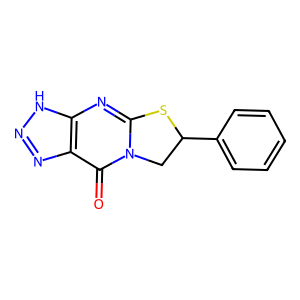
SMILES: O=c1c2nn[nH]c2nc2n1CC(c1ccccc1)S2
Inhibits HIV replication: No